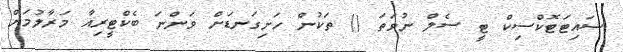
ސައިޓަޓޮކްސިކް ޓީ ސެލް ނުވަތަ () ތަކުން ހަށިގަނޑަށް ވަންނަ ބެކްޓީރިއާ މަރާލުމަށް